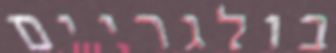
בולגריים